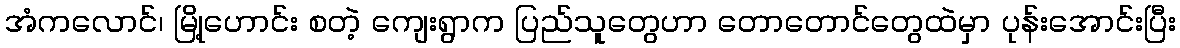
အံကလောင်၊ မြို့ဟောင်း စတဲ့ ကျေးရွာက ပြည်သူတွေဟာ တောတောင်တွေထဲမှာ ပုန်းအောင်းပြီး